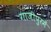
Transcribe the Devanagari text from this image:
गाजीपुरमें